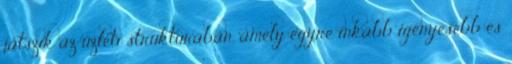
játszik az üzleti struktúrában, amely egyre inkább igényesebb és